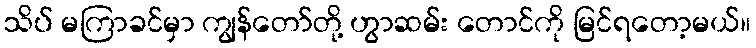
သိပ် မကြာခင်မှာ ကျွန်တော်တို့ ဟွာဆမ်း တောင်ကို မြင်ရတော့မယ်။